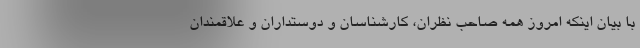
با بیان اینکه امروز همه صاحب نظران، کارشناسان و دوستداران و علاقمندان